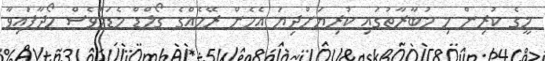
މީގެ ކުރިން މި މުބާރާތުގައި ކުރިޔަށްދިޔަ އެހެން ރޭހެއްގެ ގޯލްޑް މެޑަލްވެސް ހޯދާފައިވާ